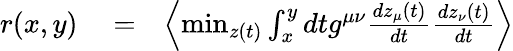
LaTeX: \begin{array}{rlr}{r(x,y)}&{{}=}&{\left\langle\operatorname*{min}_{z(t)}\int_{x}^{y}dtg^{\mu\nu}\frac{dz_{\mu}(t)}{dt}\frac{dz_{\nu}(t)}{dt}\right\rangle}\end{array}